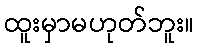
ထူးမှာမဟုတ်ဘူး။